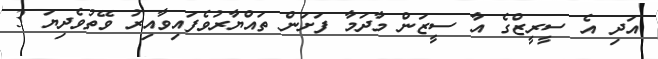
އަދި އެ ސީރީޒްގެ އާ ސީޒަން މާދަމާ ފަށަން ތައްޔާރުވެފައިވާއިރު ވޭތުވެދިޔަ 3